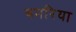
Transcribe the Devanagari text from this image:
बनरिया